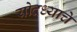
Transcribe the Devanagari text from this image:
योद्ध्याचे